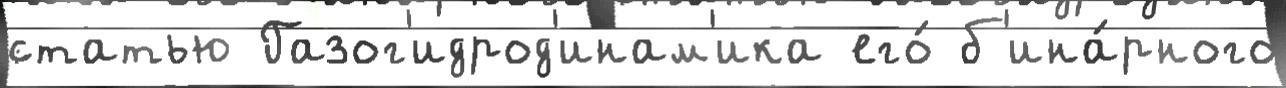
статью Газог'идрод'инам'ика его́ б'ина́рного